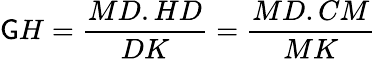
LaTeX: \mathsf{G}H={\frac{{MD.HD}}{{DK}}}={\frac{{MD.CM}}{{MK}}}